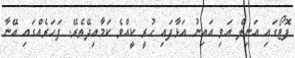
ފޮޓޯގައި އަނިލް އަވި އައިނު އަޅާފައި ހުރީ ކީއްވެ ކަމާއިދޭތެރޭ. ފަހަރެއްގައި އޭނާ